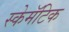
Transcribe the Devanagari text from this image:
स्केमॅटिक